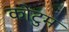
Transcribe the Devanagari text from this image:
कोटुम